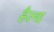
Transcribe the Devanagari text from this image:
हैल्‍थ